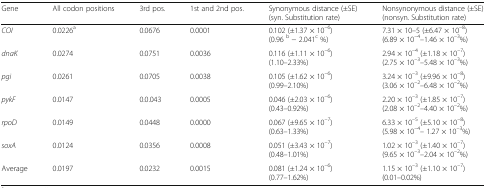
| Gene | All codon positions | 3rd pos. | 1st and 2nd pos. | Synonymous distance (±SE) (syn. Substitution rate) | Nonsynonymous distance (±SE) (nonsyn. Substitution rate) |
 | --- | --- | --- | --- | --- | --- |
 | COI | 0.0226a | 0.0676 | 0.0001 | 0.102 (±1.37 × 10–6)(0.96 b − 2.041c %) | 7.31 × 10–5 (±6.47 × 10–8)(6.89 × 10–4–1.46 × 10–3%) |
 | dnaK | 0.0274 | 0.0751 | 0.0036 | 0.116 (±1.11 × 10–6)(1.10–2.33%) | 2.94 × 10–4 (±1.18 × 10–7)(2.75 × 10–3–5.48 × 10–3%) |
 | pgi | 0.0261 | 0.0705 | 0.0038 | 0.105 (±1.62 × 10–6)(0.99–2.10%) | 3.24 × 10–3 (±9.96 × 10–8)(3.06 × 10–2–6.48 × 10–2%) |
 | pykF | 0.0147 | 0.0.043 | 0.0005 | 0.046 (±2.03 × 10–6)(0.43–0.92%) | 2.20 × 10–3 (±1.85 × 10–7)(2.08 × 10–2–4.40 × 10–2%) |
 | rpoD | 0.0149 | 0.0448 | 0.0000 | 0.067 (±9.65 × 10–7)(0.63–1.33%) | 6.33 × 10–5 (±5.10 × 10–8)(5.98 × 10–4– 1.27 × 10–3%) |
 | soxA | 0.0124 | 0.0356 | 0.0008 | 0.051 (±3.43 × 10–7)(0.48–1.01%) | 1.02 × 10–3 (±1.40 × 10–7)(9.65 × 10–3–2.04 × 10–2%) |
 | Average | 0.0197 | 0.0232 | 0.0015 | 0.081 (±1.24 × 10–6)(0.77–1.62%) | 1.15 × 10–3 (±1.10 × 10–7)(0.01–0.02%) |